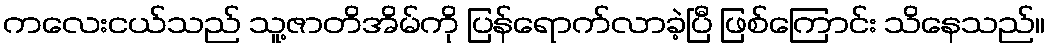
ကလေးငယ်သည် သူ့ဇာတိအိမ်ကို ပြန်ရောက်လာခဲ့ပြီ ဖြစ်ကြောင်း သိနေသည်။